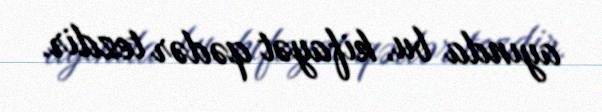
ayında bu, kifayət qədər tezdir.